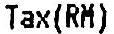
TAX(RM)